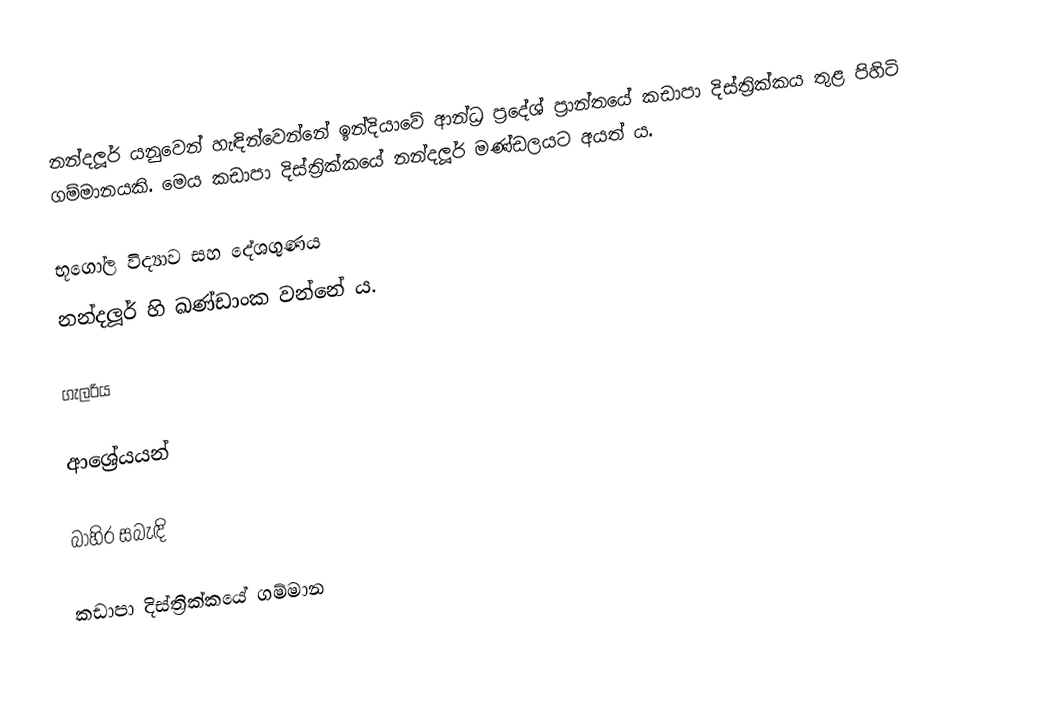
නන්දලූර් යනුවෙන් හැඳින්වෙන්නේ ඉන්දියාවේ ආන්ධ්‍ර ප්‍රදේශ් ප්‍රාන්තයේ කඩාපා දිස්ත්‍රික්කය තුළ පිහිටි ගම්මානයකි. මෙය කඩාපා දිස්ත්‍රික්කයේ නන්දලූර් මණ්ඩලයට අයත් ය.

භූගෝල විද්‍යාව සහ දේශගුණය
නන්දලූර් හි ඛණ්ඩාංක වන්නේ  ය.

ගැලරිය

ආශ්‍රේයයන්

බාහිර සබැඳි

කඩාපා දිස්ත්‍රික්කයේ ගම්මාන